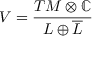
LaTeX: V = { \frac { T M \otimes \mathbb { C } } { L \oplus { \overline { { L } } } } }